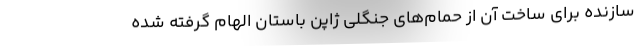
سازنده برای ساخت آن از حمام‌های جنگلی ژاپن باستان الهام گرفته شده